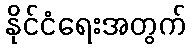
နိုင်ငံရေးအတွက်